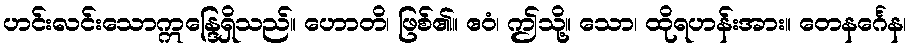
ဟင်းလင်းသောဣန္ဒြေရှိသည်။ ဟောတိ၊ ဖြစ်၏။ ဧဝံ၊ ဤသို့။ သော၊ ထိုရဟန်းအား။ တေနင်္ဂေန၊